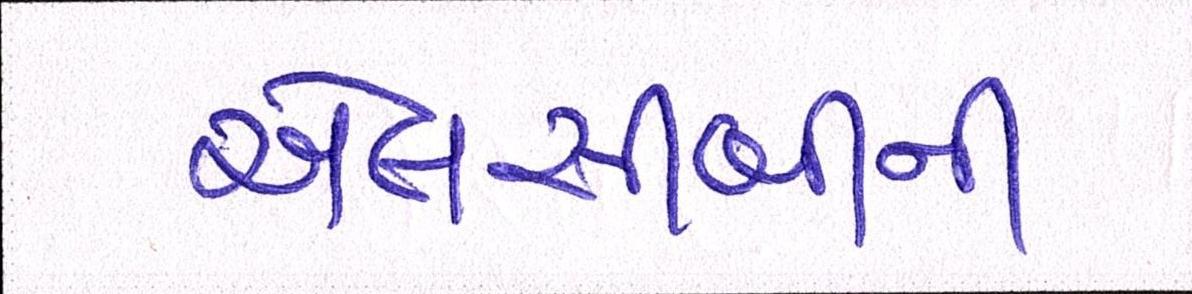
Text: એલસીબીની